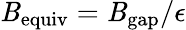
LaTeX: \mathit{B}_{\mathrm{{equiv}}}=\mathit{B}_{\mathrm{{gap}}}/\epsilon